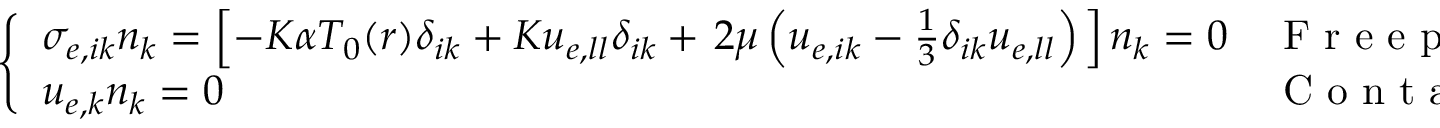
\left\{ \begin{array} { l l } { \sigma _ { e , i k } n _ { k } = \left[ - K \alpha T _ { 0 } ( \boldsymbol { r } ) \delta _ { i k } + K u _ { e , l l } \delta _ { i k } + \left. 2 \mu \left( u _ { e , i k } - \frac { 1 } { 3 } \delta _ { i k } u _ { e , l l } \right) \right. \right] n _ { k } = 0 } & { \mathrm { ~ F ~ r ~ e ~ e ~ p ~ a ~ r ~ t ~ } } \\ { u _ { e , k } n _ { k } = 0 } & { \mathrm { ~ C ~ o ~ n ~ t ~ a ~ c ~ t ~ p ~ a ~ r ~ t ~ } } \end{array} \right.